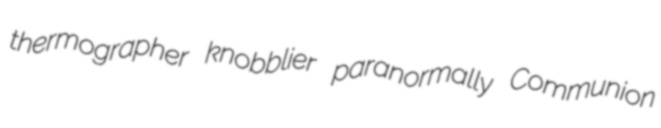
thermographer knobblier paranormally Communion